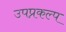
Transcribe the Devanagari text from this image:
उपप्रकल्प